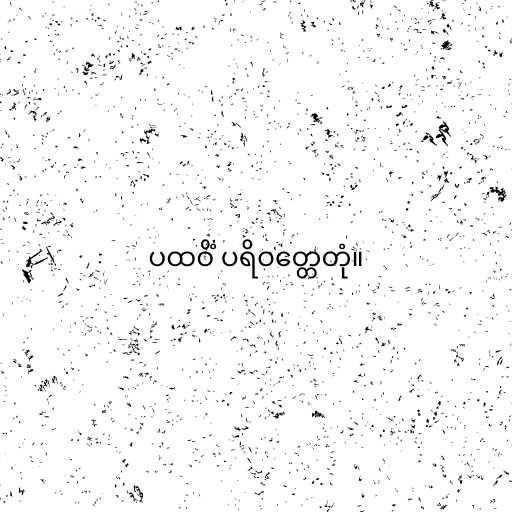
ပထဝိံ ပရိဝတ္တေတုံ။